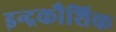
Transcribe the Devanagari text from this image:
इन्द्रकौशिक